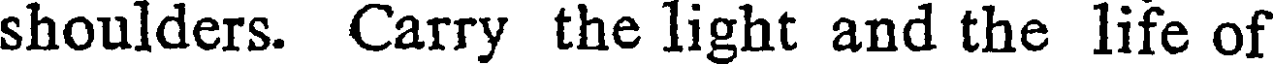
shoulders. Carry the light and the life of